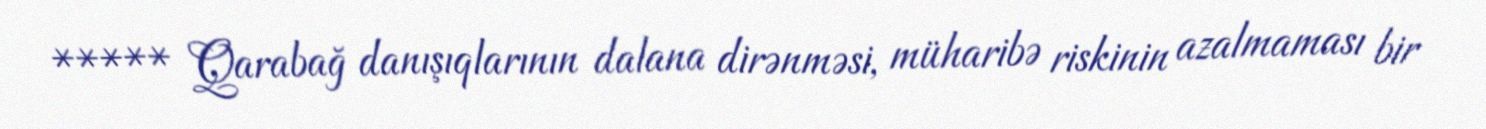
***** Qarabağ danışıqlarının dalana dirənməsi, müharibə riskinin azalmaması bir